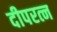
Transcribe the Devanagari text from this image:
दीपरत्न